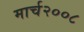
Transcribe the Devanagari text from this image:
मार्च२००८